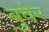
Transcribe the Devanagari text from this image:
बुवेर